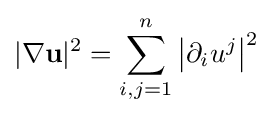
|\nabla \mathbf {u} |^{2}=\sum _{i,j=1}^{n}\left|\partial _{i}u^{j}\right|^{2}